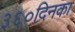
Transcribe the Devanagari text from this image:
३६०दिनका